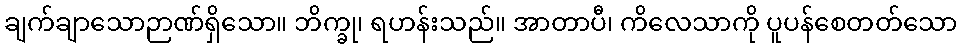
ချက်ချာသောဉာဏ်ရှိသော။ ဘိက္ခု၊ ရဟန်းသည်။ အာတာပီ၊ ကိလေသာကို ပူပန်စေတတ်သော